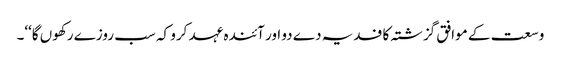
وسعت کے موافق گزشتہ کا فدیہ دے دو اور آئندہ عہد کرو کہ سب روزے رکھوں گا‘‘۔